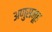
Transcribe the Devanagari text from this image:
अणुसमूह